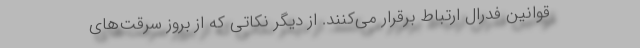
قوانین فدرال ارتباط برقرار می‌کنند. از دیگر نکاتی که از بروز سرقت‌های